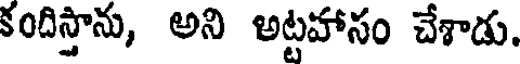
కందిస్తాను, అని అట్టహాసం చేశాడు.